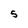
Character: 5